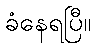
ခံနေရပြီ။